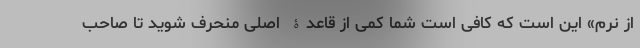
از نُرم» این است که کافی است شما کمی از قاعدۀ اصلی منحرف شوید تا صاحب‌